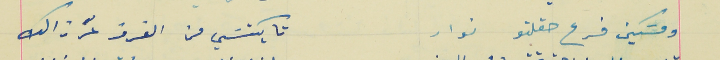
ومسَكين فرع حقلتو نوار                                             تا يكتسَي من الغرز عرزالك